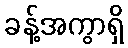
ခန့်အကွာရှိ